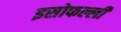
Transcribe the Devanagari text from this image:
इसोफल्ली